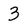
Character: 3